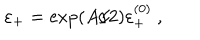
\varepsilon _ { + } = \exp ( A / 2 ) \varepsilon _ { + } ^ { ( 0 ) } ~ ,